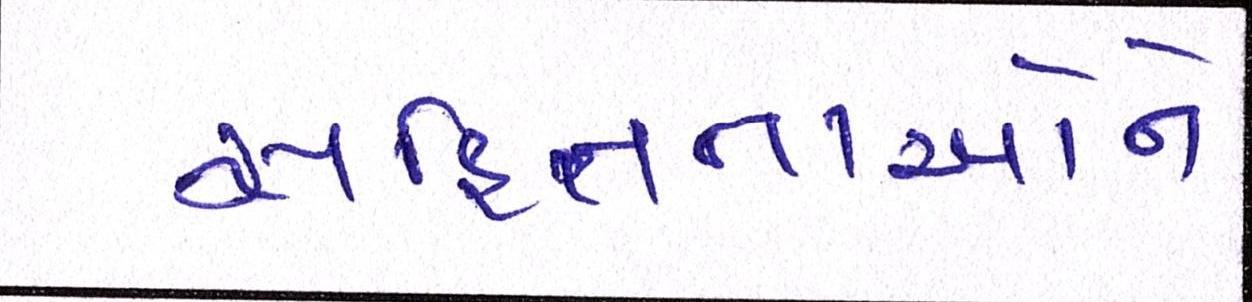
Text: સહિતનાઓને